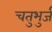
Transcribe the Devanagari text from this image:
चतुभुर्ज